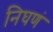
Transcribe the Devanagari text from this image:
निघणं